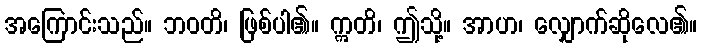
အကြောင်းသည်။ ဘဝတိ၊ ဖြစ်ပါ၏။ ဣတိ၊ ဤသို့။ အာဟ၊ လျှောက်ဆိုလေ၏။